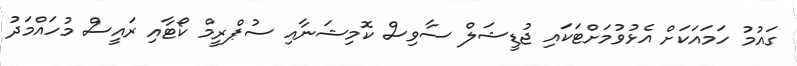
ގައުމު ހަމައަކަށް އެޅުވުމަށްޓަކައި ޖުޑީޝަލް ސާވިސް ކޮމިޝަނާއި ސުޕްރީމް ކޯޓާއި ރައީސް މުހައްމަދު